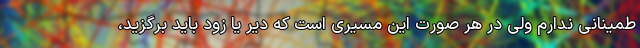
طمینانی ندارم ولی در هر صورت این مسیری است که دیر یا زود باید برگزید،